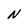
Character: N